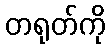
တရုတ်ကို